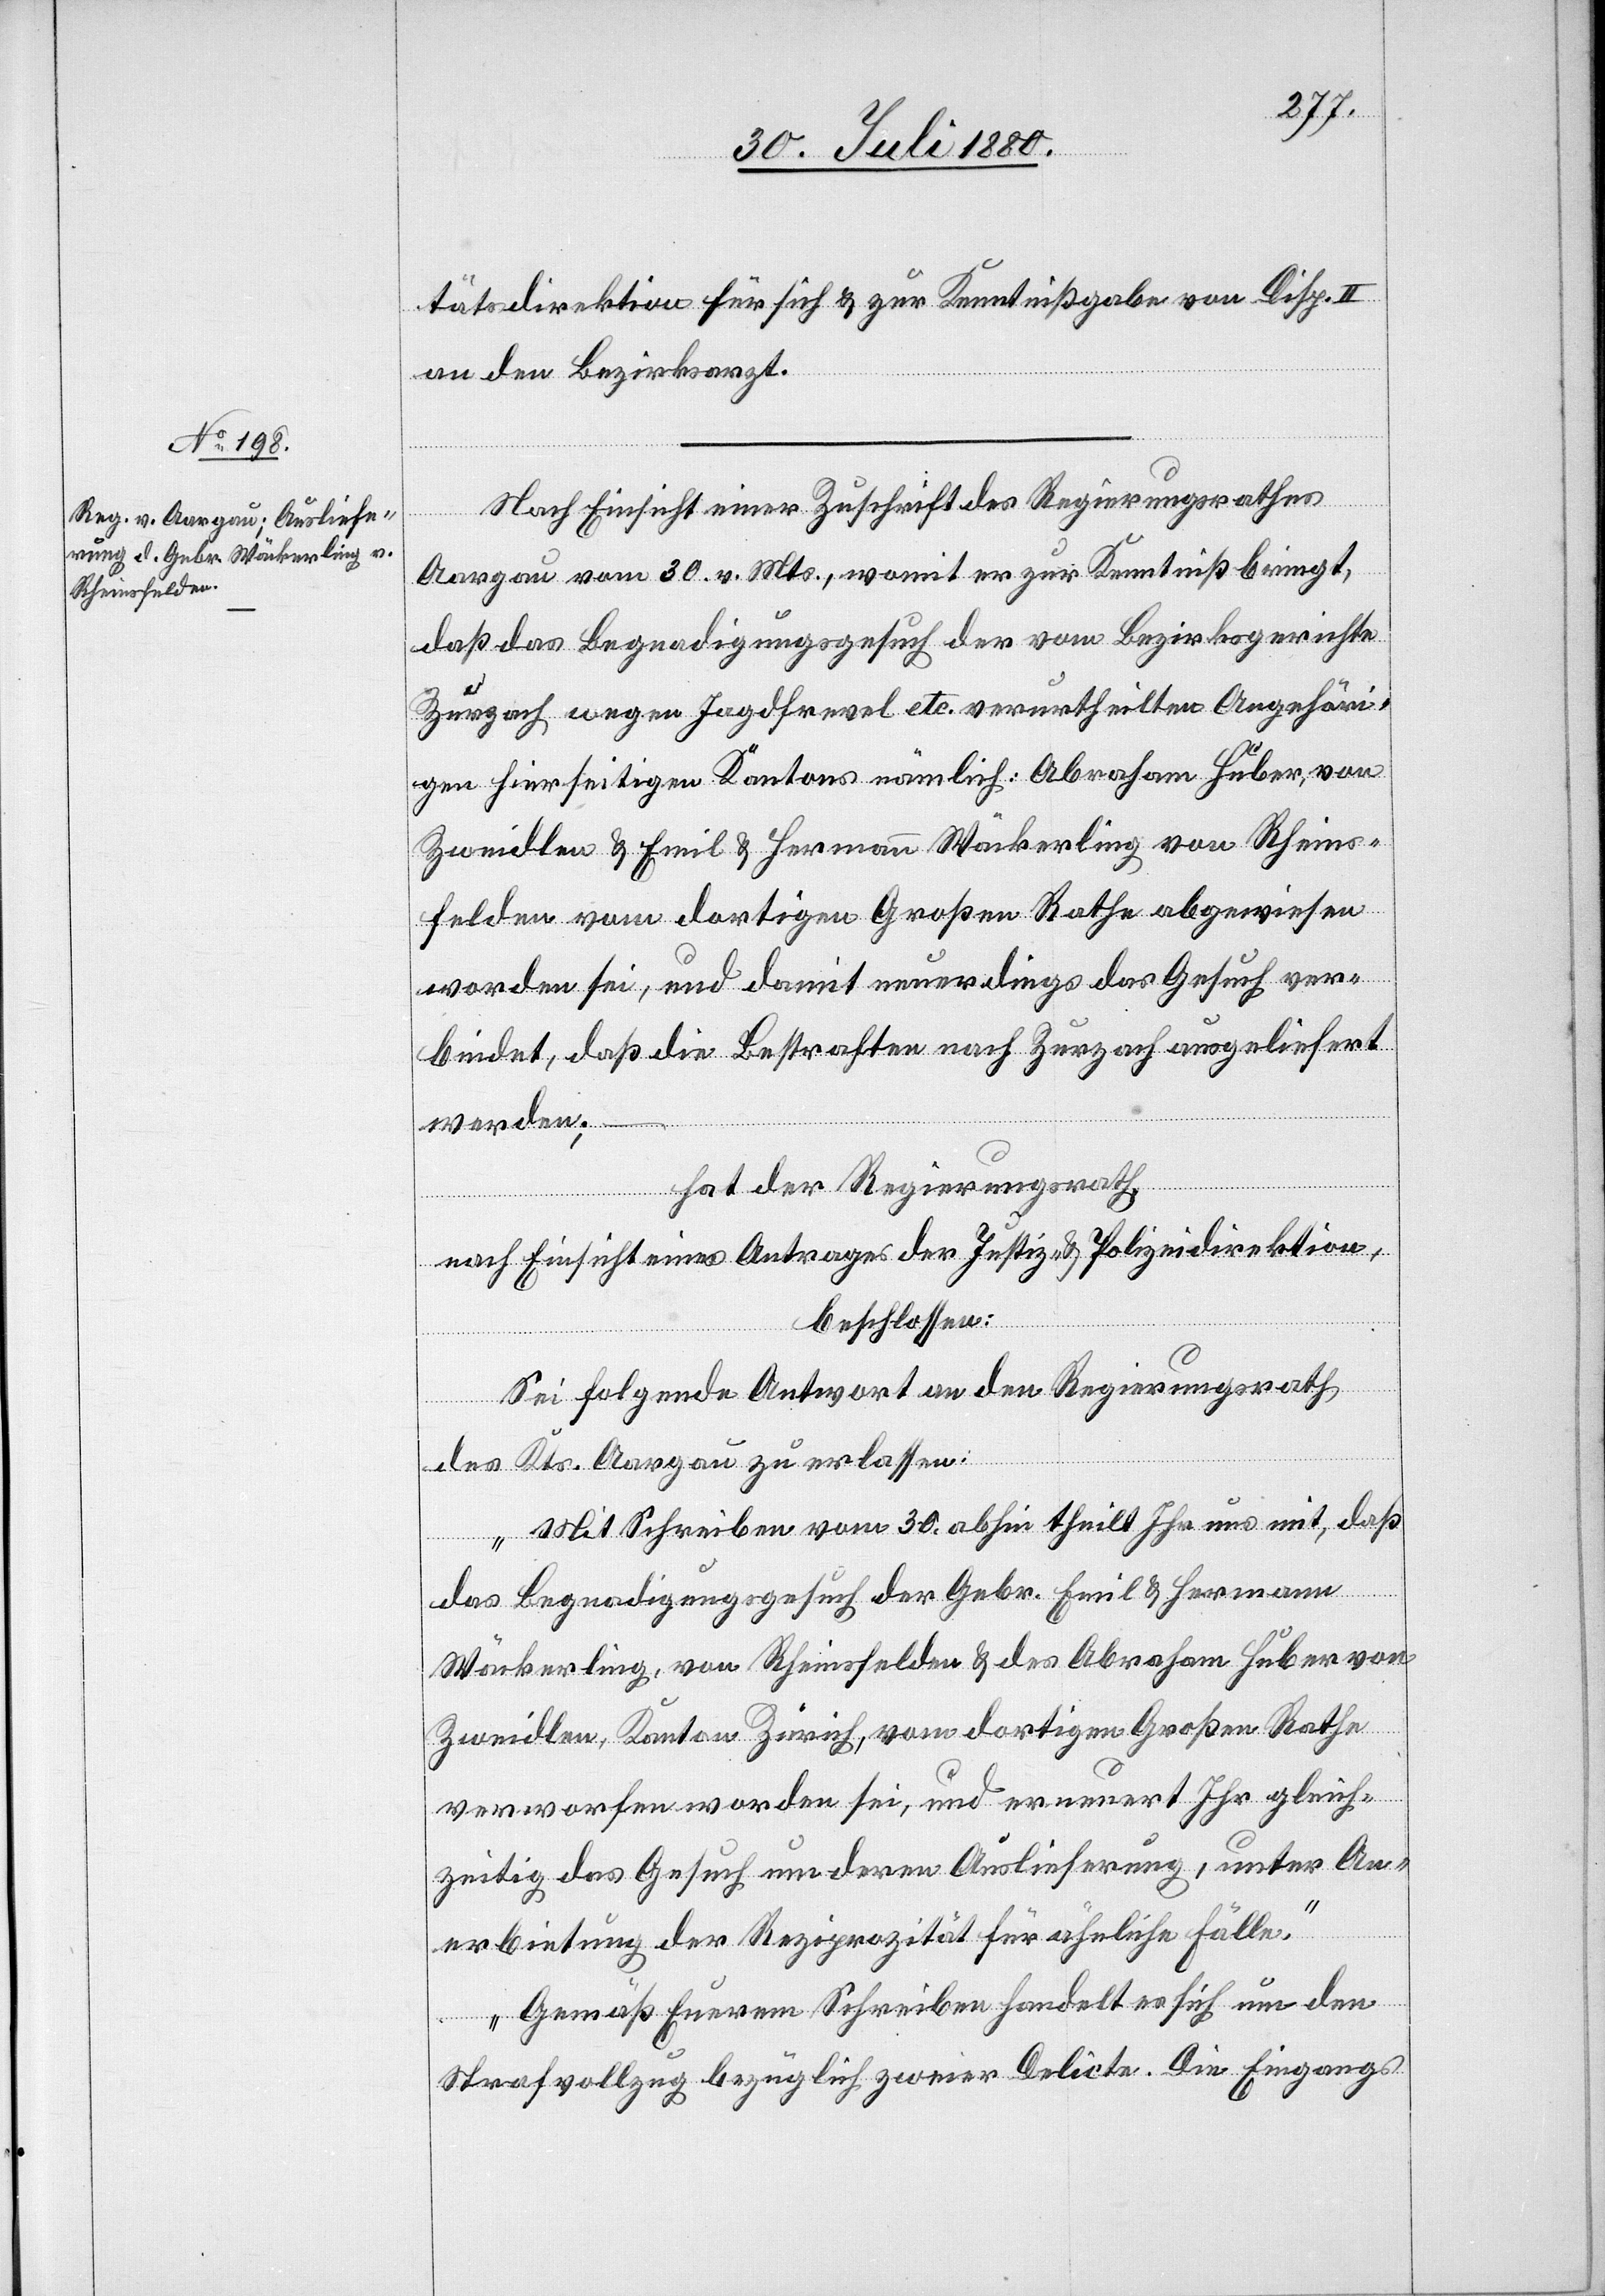
tätsdirektion für sich & zur Kenntnißgabe von Disp.
an den Bezirksarzt.
Nach Einsicht einer Zuschrift des Regierungsrathes
Aargau vom 30 v. Mts., womit er zur Kenntniß bringt,
daß das Begnadigungsgesuch der vom Bezirksgerichte
Zurzach wegen Jagdfrevel etc. verurtheilten Angehöri¬
gen hierseigen Kantons nämlich: Abraham Huber, von
Zweidlen & Emil & Hermann Wäckerling von Rheins¬
felden vom dortigen Großen Rathe abgewiesen
worden sei, und damit neuerdings das Gesuch ver¬
bindet, daß die Bestraften nach Zurzach ausgeliefert
werden;
hat der Regierungsrath,
nach Einsicht eines Antrages der Justiz- & Polizeidirektion,
beschlossen:
Sei folgende Antwort an den Regierungsrath
des Kts. Aargau zu erlassen:
„Mit Schreiben vom 30. abhin theilt Ihr uns mit, daß
das Begnadigungsgesuch der Gebr. Emil & Hermann
Wäckerling, von Rheinsfelden & des Abraham Huber von
Zweidlen, Kanton Zürich, vom dortigen Großen Rathe
verworfen worden sei, und erneuert Ihr gleich¬
zeitig das Gesuch um deren Auslieferung, unter An¬
erbietung der Reziprozität für ähnliche Fälle.
Gemäß Eurem Schreiben handelt es sich um den
Strafvollzug bezüglich zweier Delicte. Die Eingangs